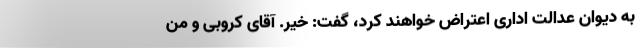
به دیوان عدالت اداری اعتراض خواهند کرد، گفت: خیر. آقای کروبی و من